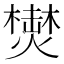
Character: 𱬗